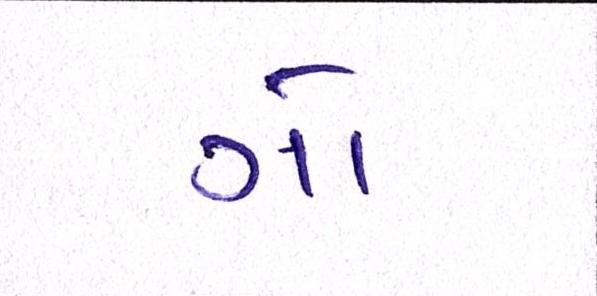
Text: ગો